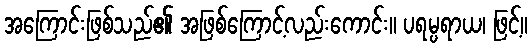
အကြောင်းဖြစ်သည်၏ အဖြစ်ကြောင့်လည်းကောင်း။ ပရမ္ပရာယ၊ ဖြင့်။